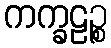
ကက္ခဠဉ္စ